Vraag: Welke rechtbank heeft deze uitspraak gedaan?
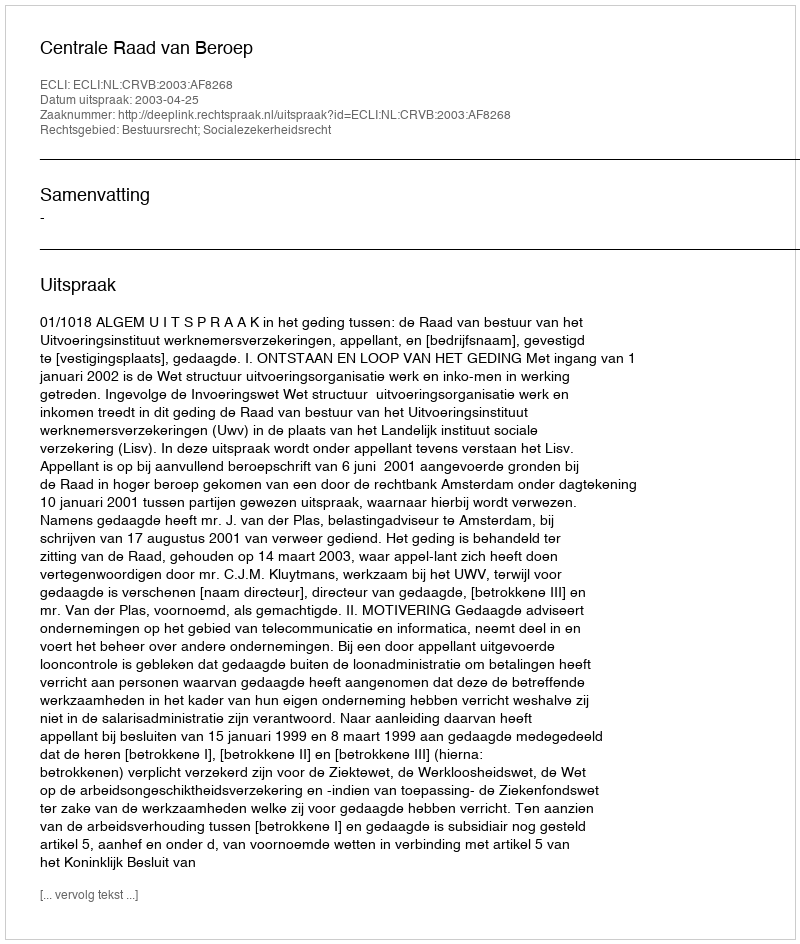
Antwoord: Centrale Raad van Beroep